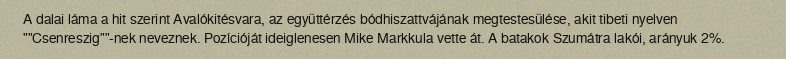
A dalai láma a hit szerint Avalókitésvara, az együttérzés bódhiszattvájának megtestesülése, akit tibeti nyelven ""Csenreszig""-nek neveznek. Pozícióját ideiglenesen Mike Markkula vette át. A batakok Szumátra lakói, arányuk 2%.